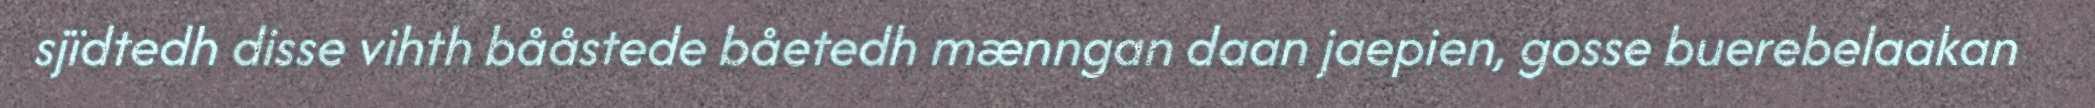
sjïdtedh disse vihth bååstede båetedh mænngan daan jaepien, gosse buerebelaakan